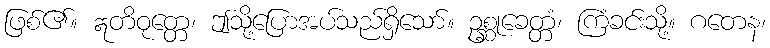
ဖြစ်၏။ ဣတိဝုတ္တေ၊ ဤသို့ပြောအပ်သည်ရှိသော်။ ဥစ္ဆုခေတ္တံ၊ ကြံခင်းသို့။ ဂတေန၊